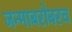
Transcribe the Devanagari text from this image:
जन्माबरोबरच